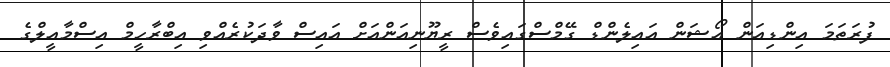
ފުރަތަމަ އިންޑިއަން އޯޝަން އައިލެންޑް ގޭމްސްގައިވެސް ރީޔޫނިއަންއަށް އައިސް ވާދަކުރެއްވި އިބްރާހީމް އިސްމާއީލްގެ